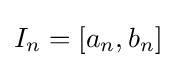
I_{n}=[a_{n},b_{n}]